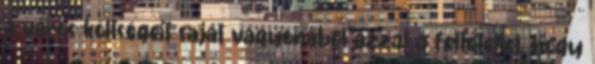
a város költségeit saját vagyonából azzal a feltétellel, hogy